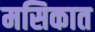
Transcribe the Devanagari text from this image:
मसिकात